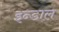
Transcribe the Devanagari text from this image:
इन्डाल